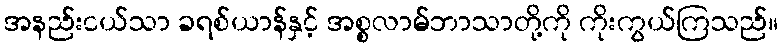
အနည်းငယ်သာ ခရစ်ယာန်နှင့် အစ္စလာမ်ဘာသာတို့ကို ကိုးကွယ်ကြသည်။